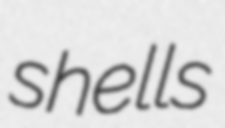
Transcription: shells